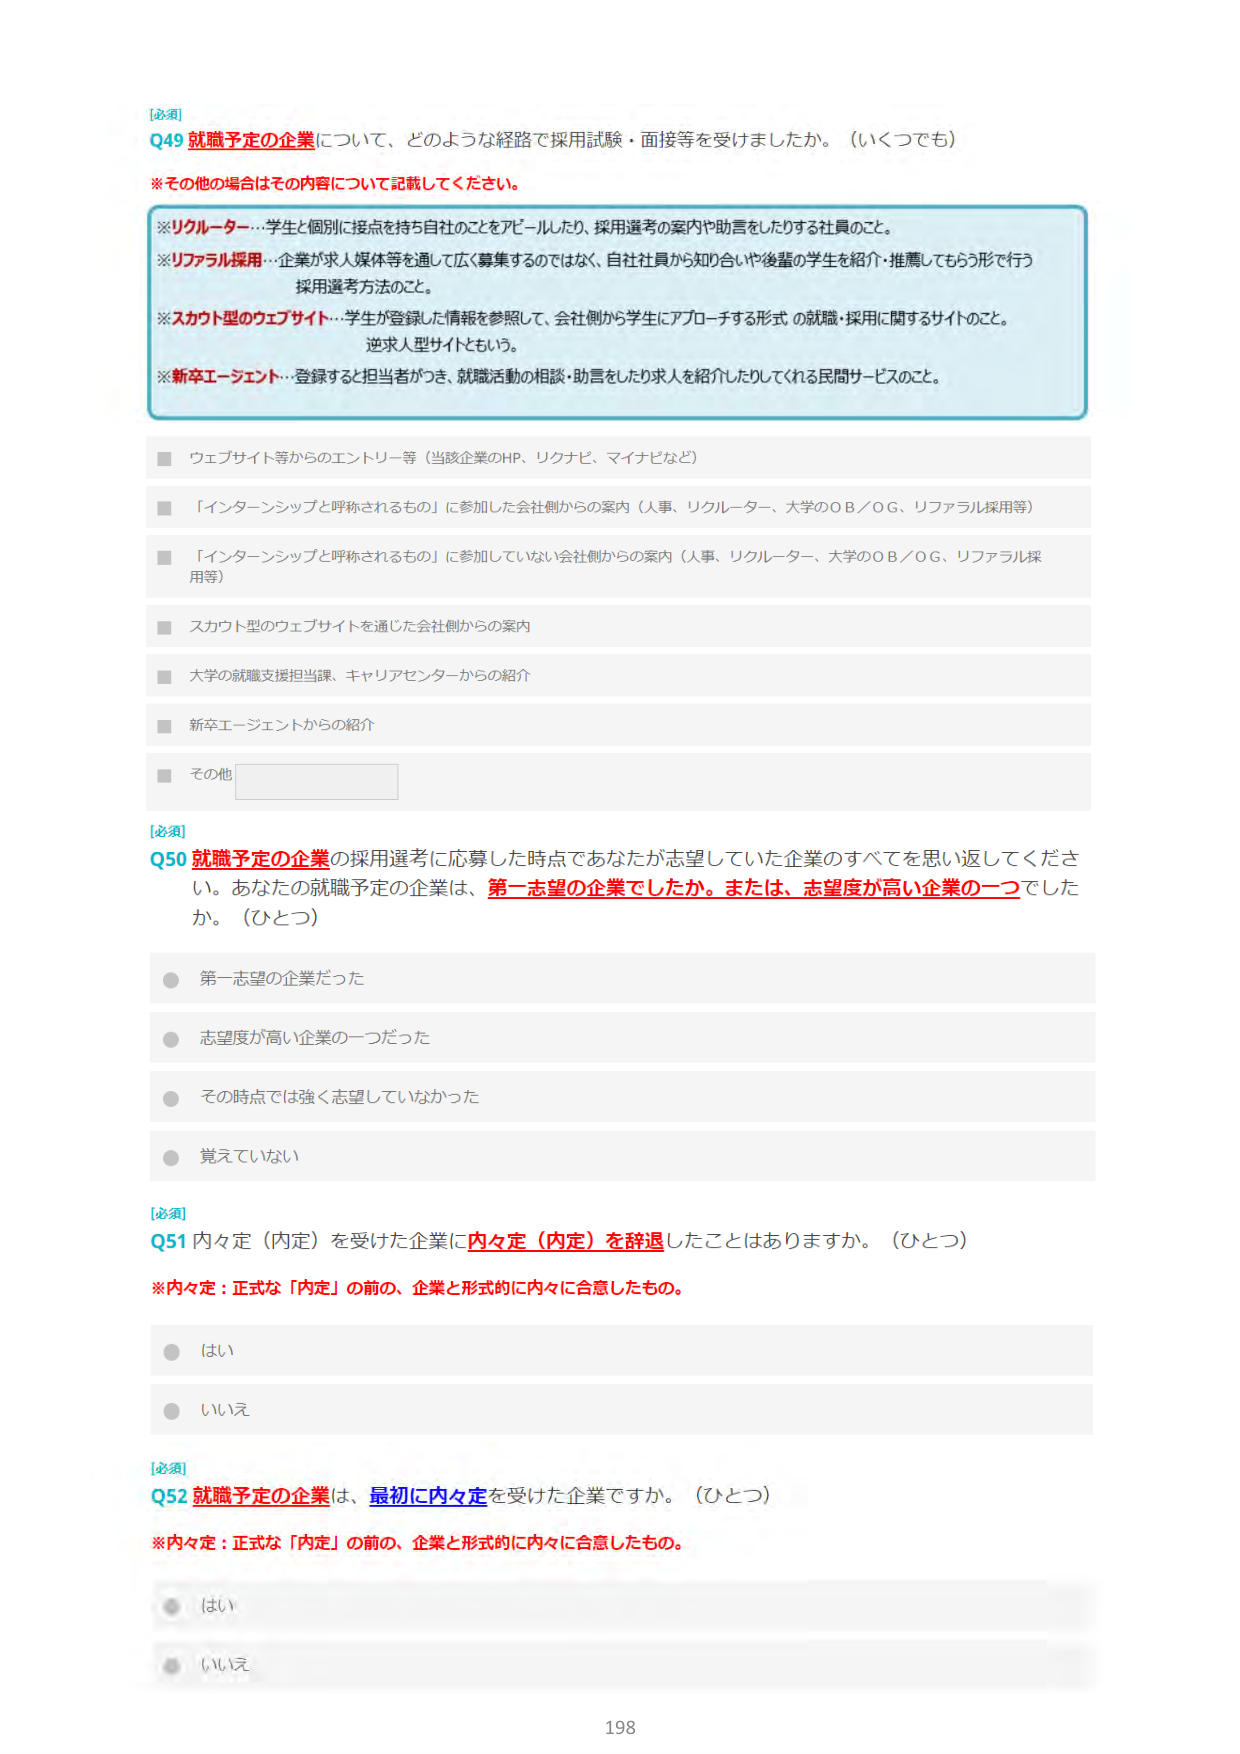
[必須]
Q49 就職予定の企業について、どのような経路で採用試験・面接等を受けましたか。（いくつでも）
※その他の場合はその内容について記載してください。

※リクルーター…学生と個別に接点を持ち自社のことをアピールしたり、採用選考の案内や助言をしたりする社員のこと。
※リファラル採用…企業が求人媒体等を通して広く募集するのではなく、自社社員から知り合いや後輩の学生を紹介・推薦してもらう形で行う採用選考方法のこと。
※スカウト型のウェブサイト…学生が登録した情報を参照して、会社側から学生にアプローチする形式の就職・採用に関するサイトのこと。逆求人型サイトともいう。
※新卒エージェント…登録すると担当者がつき、就職活動の相談・助言をしたり求人を紹介したりしてくれる民間サービスのこと。

■ ウェブサイト等からのエントリー等（当該企業のHP、リクナビ、マイナビなど）
■ 「インターンシップと呼称されるもの」に参加した会社側からの案内（人事、リクルーター、大学のOB／OG、リファラル採用等）
■ 「インターンシップと呼称されるもの」に参加していな会社側からの案内（人事、リクルーター、大学のOB／OG、リファラル採用等）
■ スカウト型のウェブサイトを通じた会社側からの案内
■ 大学の就職支援担当課、キャリアセンターからの紹介
■ 新卒エージェントからの紹介
■ その他

[必須]
Q50 就職予定の企業の採用選考に応募した時点であなたが志望していた企業のすべてを思い返してください。あなたの就職予定の企業は、第一志望の企業でしたか。または、志望度が高い企業の一つでしたか。（ひとつ）
● 第一志望の企業だった
● 志望度が高い企業の一つだった
● その時点では強く志望していなかった
● 覚えていない

[必須]
Q51 内々定（内定）を受けた企業に内々定（内定）を辞退したことはありますか。（ひとつ）
※内々定：正式な「内定」の前の、企業と形式的に内々に合意したもの。
● はい
● いいえ

[必須]
Q52 就職予定の企業は、最初に内々定を受けた企業ですか。（ひとつ）
※内々定：正式な「内定」の前の、企業と形式的に内々に合意したもの。
● はい
● いいえ

198